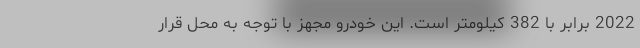
2022 برابر با 382 کیلومتر است. این خودرو مجهز با توجه به محل قرار